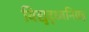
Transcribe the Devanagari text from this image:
विद्युद्ध्वनिग्रह